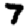
Digit: 7